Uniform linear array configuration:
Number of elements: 64
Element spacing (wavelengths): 0.75
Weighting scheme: cosine
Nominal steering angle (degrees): -60
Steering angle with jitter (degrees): -60.535
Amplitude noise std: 0.05
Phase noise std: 0.05

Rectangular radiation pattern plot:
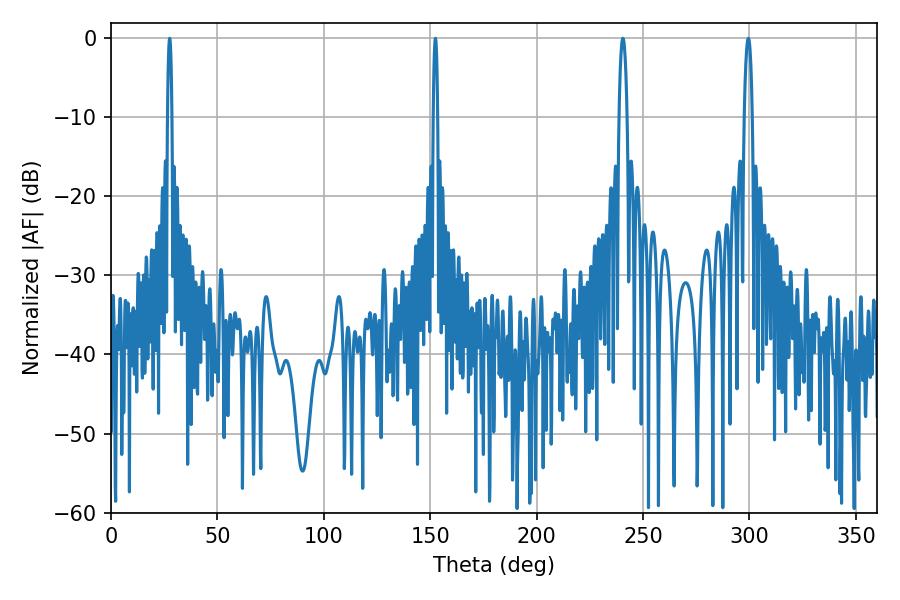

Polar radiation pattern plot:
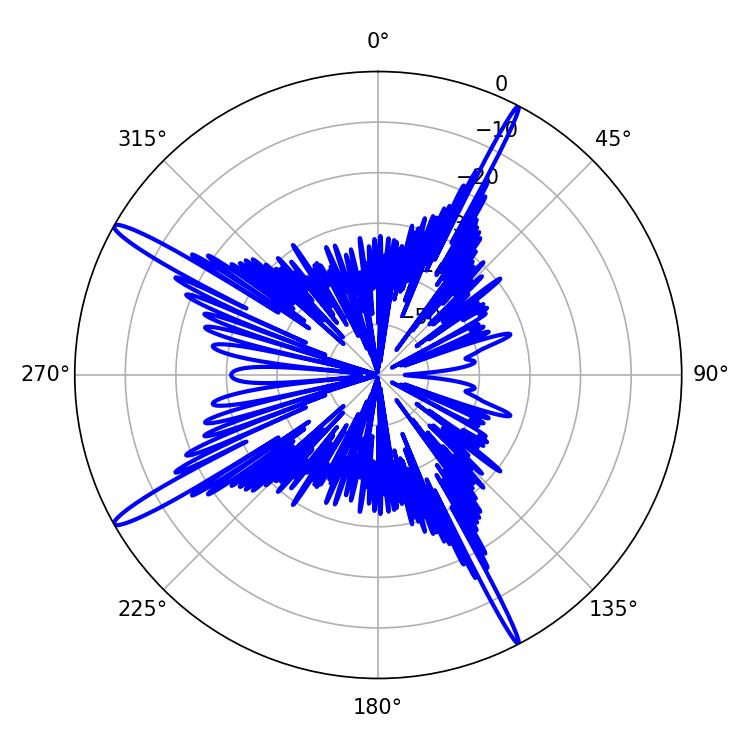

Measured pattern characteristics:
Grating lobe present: TRUE
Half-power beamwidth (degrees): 1.08
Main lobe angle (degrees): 27.54